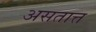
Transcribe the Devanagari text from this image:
असतात्त